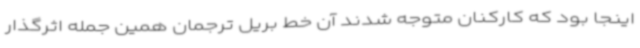
اینجا بود که کارکنان متوجه شدند آن خط بریل ترجمان همین جمله اثرگذار